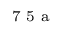
^ \textrm { \scriptsize 7 5 a }